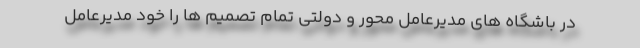
در باشگاه های مدیرعامل محور و دولتی تمام تصمیم ها را خود مدیرعامل